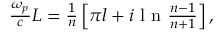
\begin{array} { r } { \frac { \omega _ { p } } { c } L = \frac { 1 } { n } \left[ \pi l + i \textrm { l n } \frac { n - 1 } { n + 1 } \right] , } \end{array}